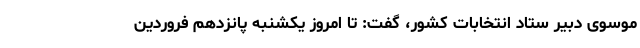
موسوی دبیر ستاد انتخابات کشور، گفت: تا امروز یکشنبه پانزدهم فروردین